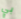
بي